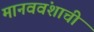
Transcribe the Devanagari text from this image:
मानववंशाची